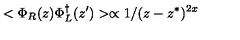
< \Phi _ { R } ( z ) \Phi _ { L } ^ { \dagger } ( z ^ { \prime } ) > \propto 1 / ( z - z ^ { * } ) ^ { 2 x }